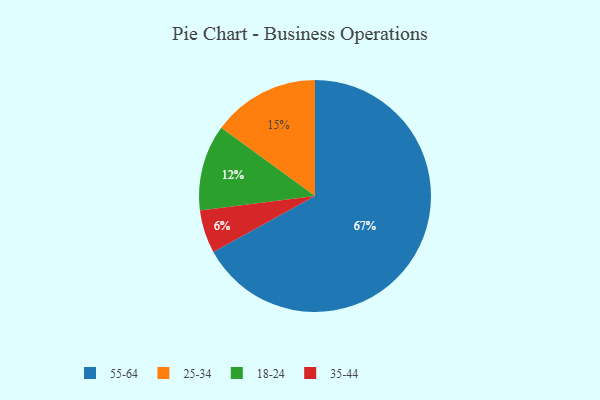
{"axis": {"x": "Category", "y": "Percentage"}, "legend": ["18-24", "25-34", "35-44", "55-64"], "data": [{"x": "25-34", "y": 15, "type": "25-34"}, {"x": "55-64", "y": 67, "type": "55-64"}, {"x": "35-44", "y": 6, "type": "35-44"}, {"x": "18-24", "y": 12, "type": "18-24"}]}